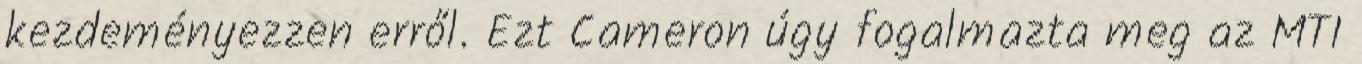
kezdeményezzen erről. Ezt Cameron úgy fogalmazta meg az MTI